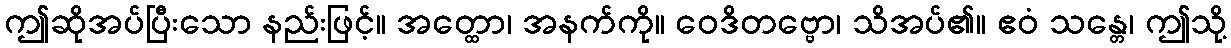
ဤဆိုအပ်ပြီးသော နည်းဖြင့်။ အတ္ထော၊ အနက်ကို။ ဝေဒိတဗ္ဗော၊ သိအပ်၏။ ဧဝံ သန္တေ၊ ဤသို့